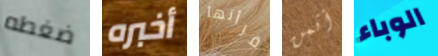
ضغطه أخبره قرأتها أثمن الوباء